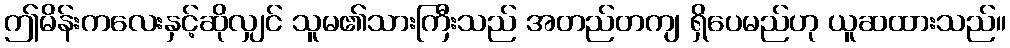
ဤမိန်းကလေးနှင့်ဆိုလျှင် သူမ၏သားကြီးသည် အတည်တကျ ရှိပေမည်ဟု ယူဆထားသည်။